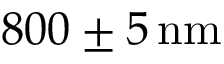
8 0 0 \pm 5 \, \mathrm { n m }